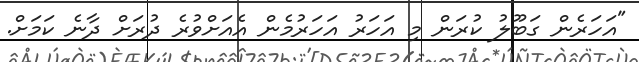
"އަހަރެން ގަބޫލު ކުރަން މި އަހަރު އަހަރުމެން އެއަށްވުރެ ދުރަށް ދާނެ ކަމަށް.